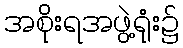
အစိုးရအဖွဲ့ရုံး၌